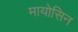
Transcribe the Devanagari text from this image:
मायोसिन